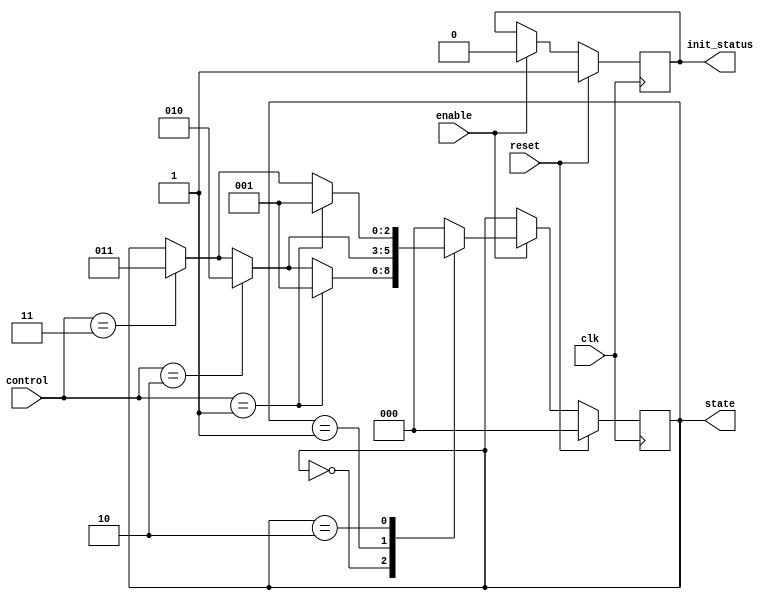
module PreConfiguredStateInit (
    input wire clk,              // Clock signal
    input wire reset,            // Reset signal (active high)
    input wire enable,           // Control input to enable state transitions
    input wire [1:0] control,    // Other control inputs (for example)
    output reg [2:0] state,      // State output (3-bit for 8 states)
    output reg init_status       // Status signal indicating initialization phase
);

// State encoding
localparam STATE_INIT = 3'b000; // Predefined initial state
localparam STATE_1    = 3'b001;
localparam STATE_2    = 3'b010;
localparam STATE_3    = 3'b011;
localparam STATE_4    = 3'b100;
localparam STATE_5    = 3'b101;
localparam STATE_6    = 3'b110;
localparam STATE_7    = 3'b111;

// State transition logic
always @(posedge clk) begin
    if (reset) begin
        // On reset, initialize to predefined state
        state <= STATE_INIT;
        init_status <= 1'b1; // Indicate initialization phase
    end else if (enable) begin
        // State transition logic based on control inputs
        case (state)
            STATE_INIT: begin
                if (control == 2'b01) state <= STATE_1;
                else if (control == 2'b10) state <= STATE_2;
                else if (control == 2'b11) state <= STATE_3;
            end
            STATE_1: begin
                // Define further transitions here
                if (control == 2'b10) state <= STATE_2;
                else if (control == 2'b11) state <= STATE_3;
                // Additional conditions...
            end
            STATE_2: begin
                // Define further transitions here
                if (control == 2'b01) state <= STATE_1;
                else if (control == 2'b11) state <= STATE_3;
                // Additional conditions...
            end
            // Continue for other states...
            default: state <= STATE_INIT; // Default to init state
        endcase
        init_status <= 1'b0; // Clear initialization status after first transition
    end
end

endmodule